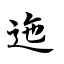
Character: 迤